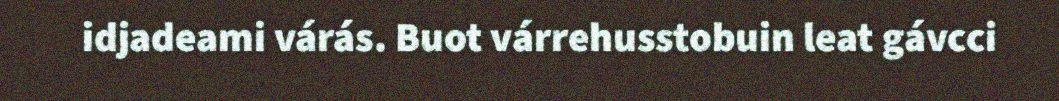
idjadeami várás. Buot várrehusstobuin leat gávcci